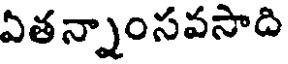
ఏతన్నాంసవసాది